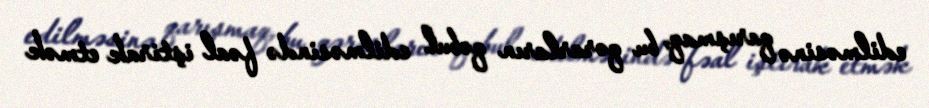
edilməsinə qarışmaq, bu qərarların qəbul edilməsində fəal iştirak etmək